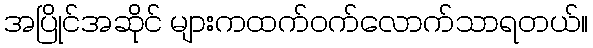
အပြိုင်အဆိုင် များကထက်ဝက်လောက်သာရတယ်။